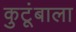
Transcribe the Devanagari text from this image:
कुटूंबाला